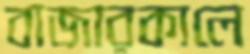
বাজারকালে